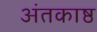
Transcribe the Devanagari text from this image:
अंतकाष्ठ